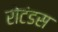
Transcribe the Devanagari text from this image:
रोटंडस